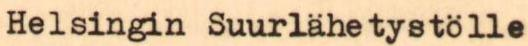
Helsingin Suurlähetystölle